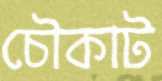
চৌকাট